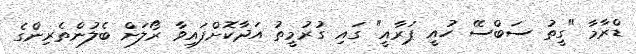
ޑްރާމާ "ގީތު ސަބްސޭ ހުއީ ޕަރާއީ" ގައި ގުރުމީތު އަދާކޮށްފައިވާ ރޯލަށް ބެލުންތެރިންގެ